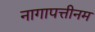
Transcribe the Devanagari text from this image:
नागापत्तीनम